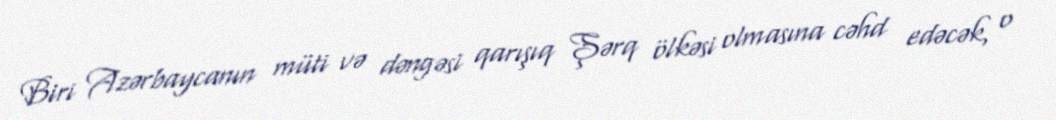
Biri Azərbaycanın müti və dəngəsi qarışıq Şərq ölkəsi olmasına cəhd edəcək, o